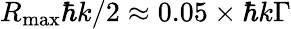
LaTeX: R_{\mathrm{max}}\hbar k/2\approx 0.05\times\hbar k\Gamma